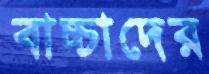
বাচ্চাদের